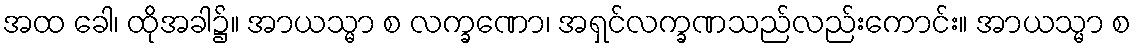
အထ ခေါ၊ ထိုအခါ၌။ အာယသ္မာ စ လက္ခဏော၊ အရှင်လက္ခဏသည်လည်းကောင်း။ အာယသ္မာ စ